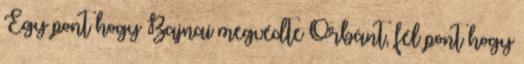
Egy pont hogy Bajnai megvédte Orbánt, fél pont hogy